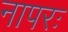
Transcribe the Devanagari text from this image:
नापरः